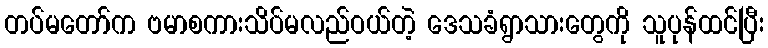
တပ်မတော်က ဗမာစကားသိပ်မလည်ဝယ်တဲ့ ဒေသခံရွာသားတွေကို သူပုန်ထင်ပြီး